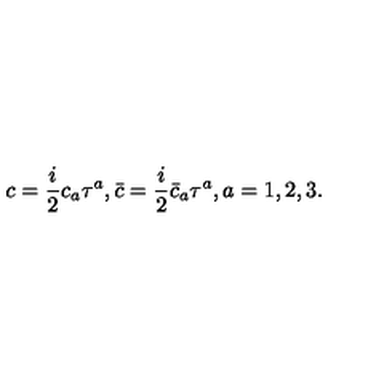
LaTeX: c = \frac { i } { 2 } c _ { a } \tau ^ { a } , \bar { c } = \frac { i } { 2 } \bar { c } _ { a } \tau ^ { a } , a = 1 , 2 , 3 .